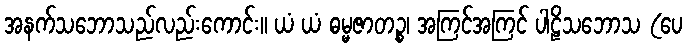
အနက်သဘောသည်လည်းကောင်း။ ယံ ယံ ဓမ္မဇာတဉ္စ၊ အကြင်အကြင် ပါဠိသဘောသ (ပေ